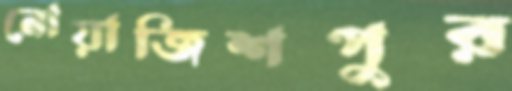
নোয়াজিশপুর